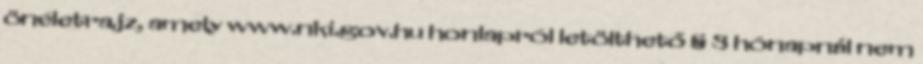
önéletrajz, amely www.nki.gov.hu honlapról letölthető § 3 hónapnál nem